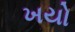
ખયો